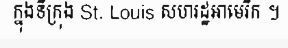
ក្នុងទីក្រុង St. Louis សហរដ្ឋអាមេរិក ។